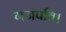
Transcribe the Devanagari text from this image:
गजपति।